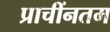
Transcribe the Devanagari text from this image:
प्राचींनतम